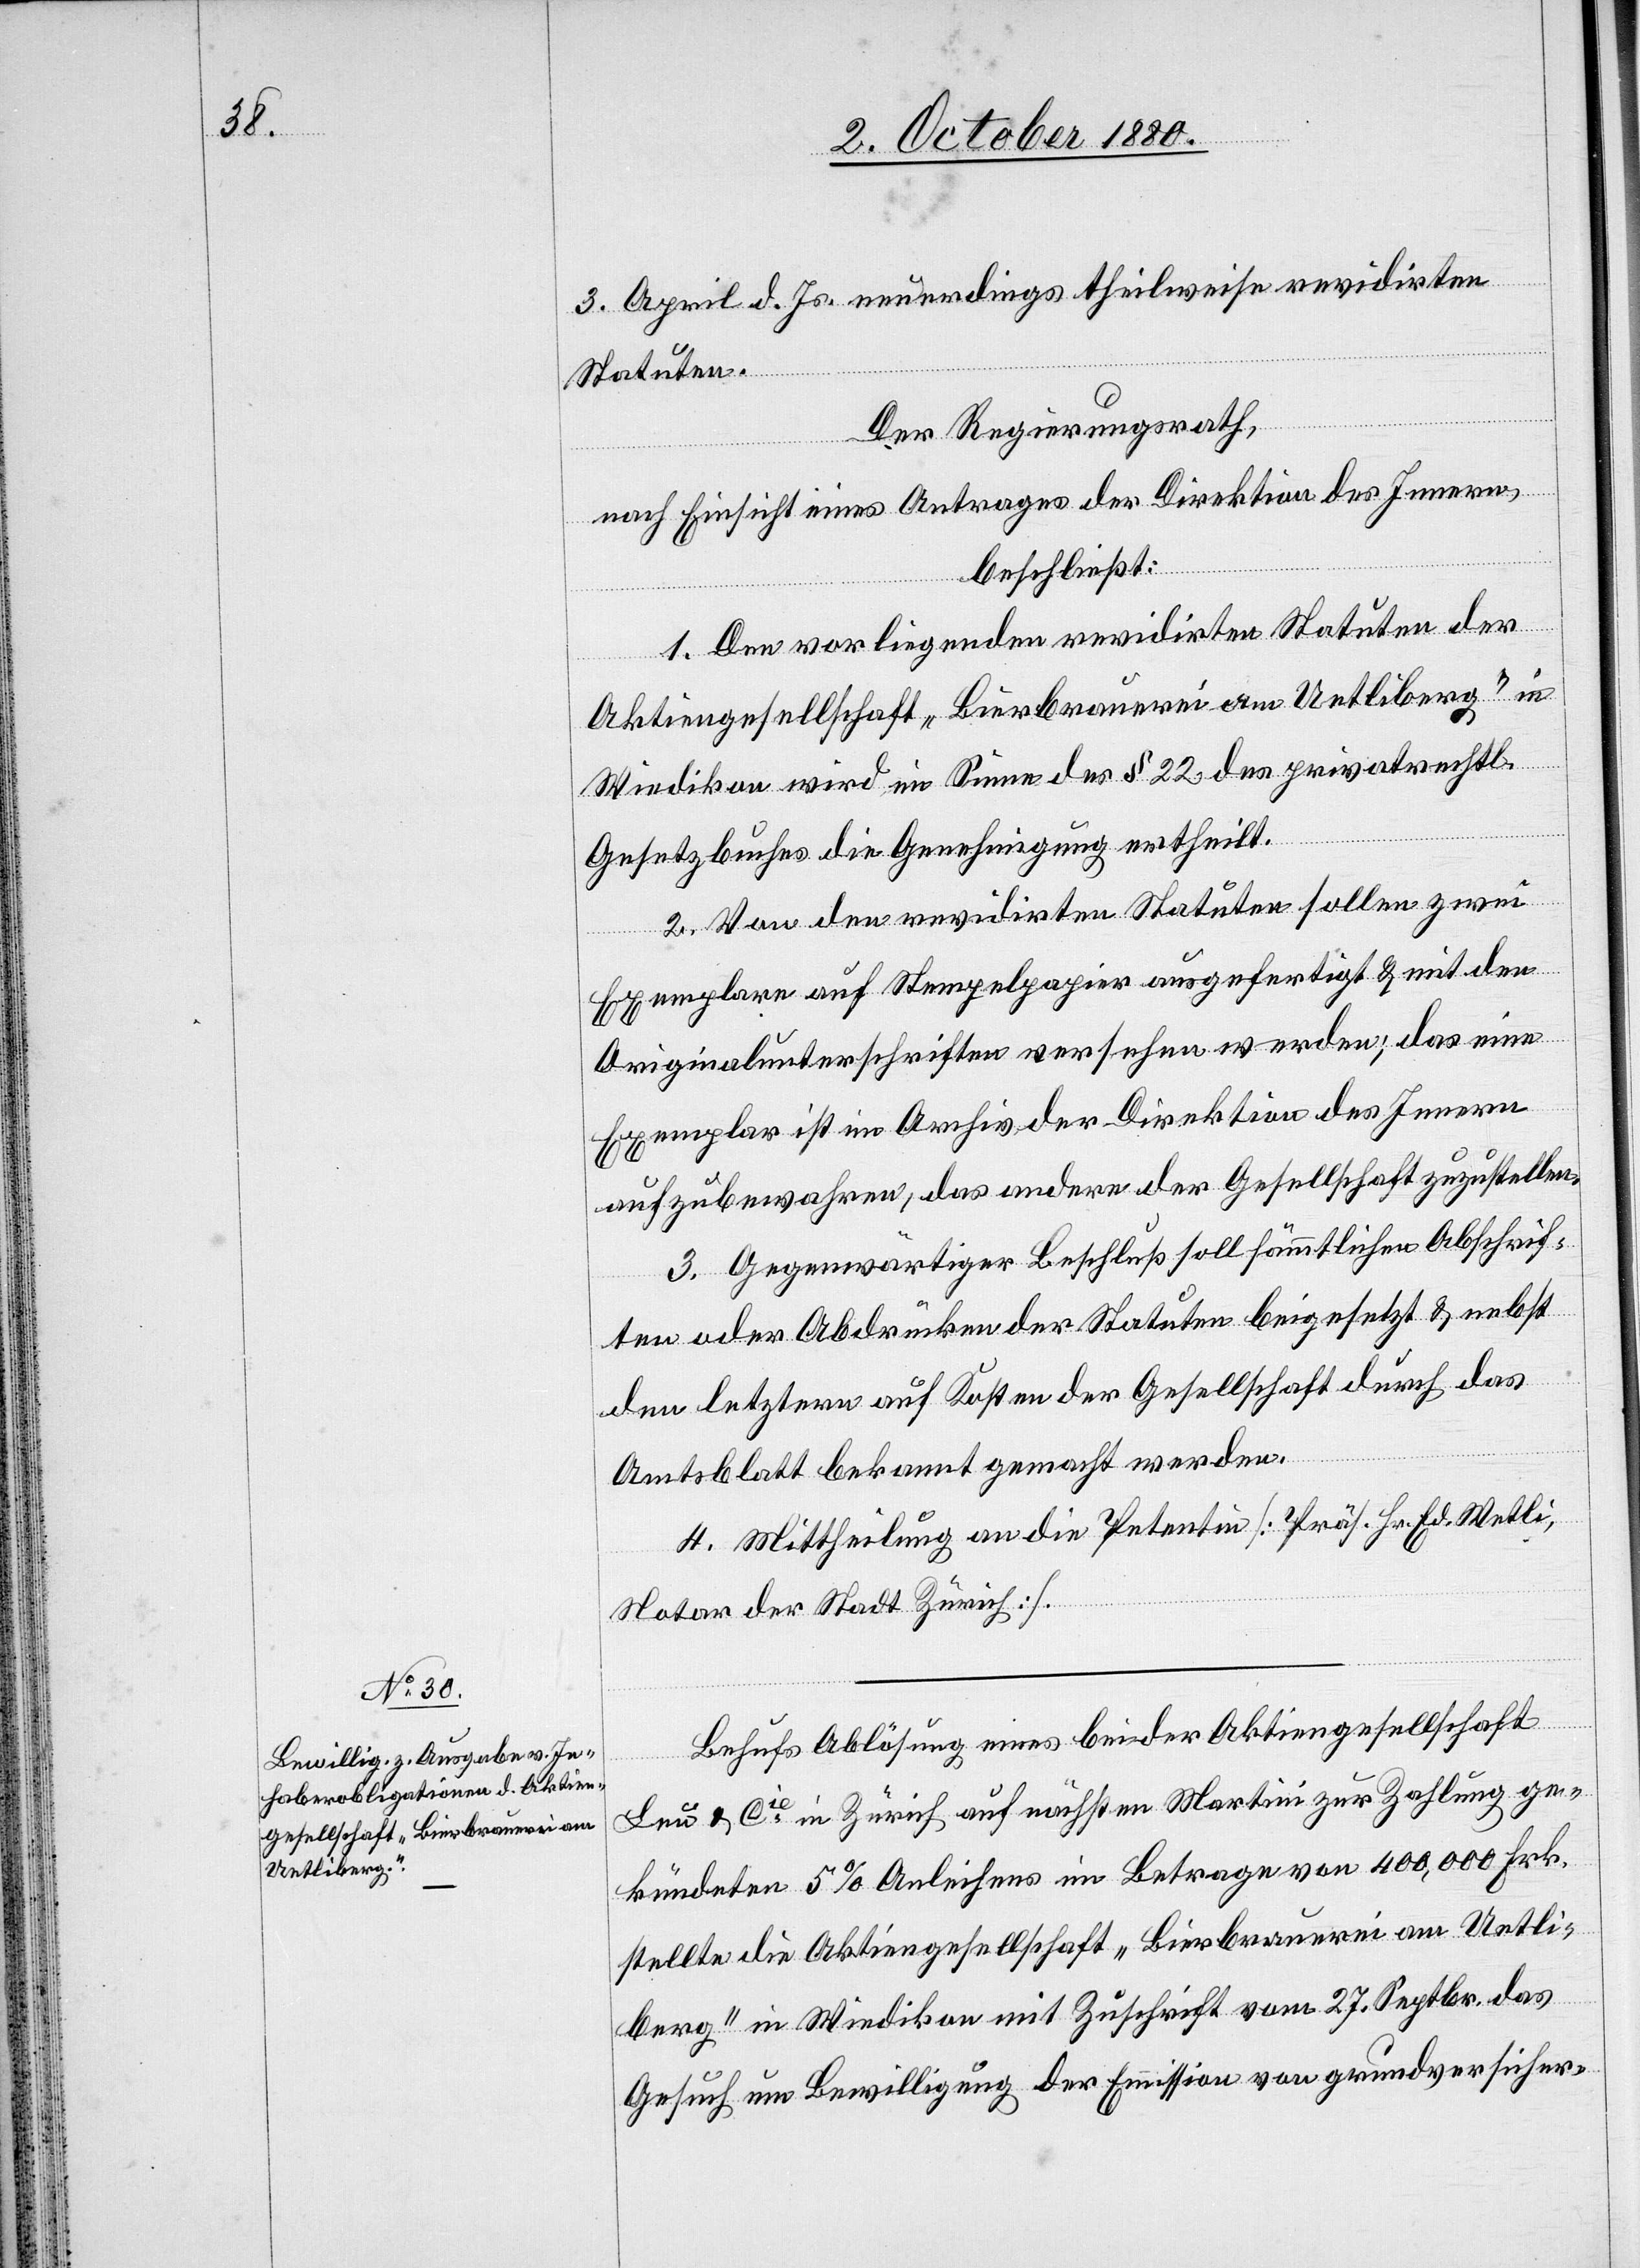
3. April d. Js. neuerdings theilweise revidirten
Statuten.
Der Regierungsrath,
nach Einsicht eines Antrages der Direktion des Innern,
beschließt:
1. Den vorliegenden revidirten Statuten der
Aktiengesellschaft „Bierbrauerei am Uetliberg“ in
Wiedikon wird im Sinne des § 22 des privatrechtl.
Gesetzbuches die Genehmigung ertheilt.
2. Von den revidirten Statuten sollen zwei
Exemplare auf Stempelpapier ausgefertigt & mit den
Originalunterschriften versehen werden; das eine
Exemplar ist im Archiv der Direktion des Innern
aufzubewahren, das andere der Gesellschaft zuzustellen.
3. Gegenwärtiger Beschluß soll sämmtlichen Abschrif¬
ten oder Abdrücken der Statuten beigesetzt & nebst
den letztern auf Kosten der Gesellschaft durch das
Amtsblatt bekannt gemacht werden.
4. Mittheilung an die Petentin [Präs. Hr. Ed. Wetli,
Notar der Stadt Zürich].
Behufs Ablösung eines bei der Aktiengesellschaft
Leu & Cie in Zürich auf nächsten Martini zur Zahlung ge¬
kündeten 5% Anleihens im Betrage von 400,000 Frk.
stellte die Aktiengesellschaft „Bierbrauerei am Uetli¬
berg“ in Wiedikon mit Zuschrift vom 27. Septbr. das
Gesuch um Bewilligung der Emission von grundversicher-